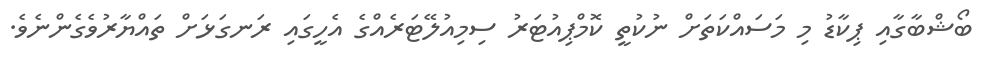
ބޯޝްބާގާއި ޕިކާޑު މި މަސައްކަތަށް ނުކުތީ ކޮމްޕިއުޓަރު ސިމިއުލޭޓަރެއްގެ އެހީގައި ރަނގަޅަށް ތައްޔާރުވެގެންނެވެ.